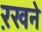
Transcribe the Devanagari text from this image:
ऱखने